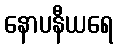
နောပနီယရေ